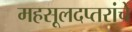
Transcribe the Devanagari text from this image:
महसूलदप्तरांचे